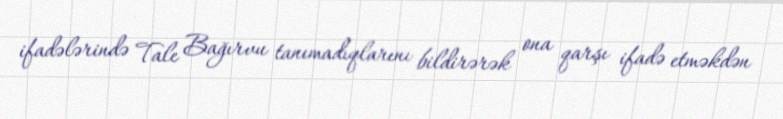
ifadələrində Tale Bağırvu tanımadıqlarını bildirərək ona qarşı ifadə etməkdən